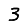
Digit: 3